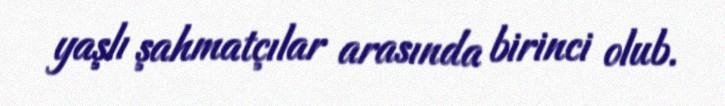
yaşlı şahmatçılar arasında birinci olub.